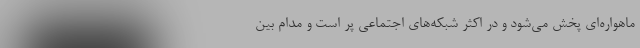
ماهواره‌ای پخش می‌شود و در اکثر شبکه‌های اجتماعی پر است و مدام بین